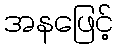
အနဖြေင့်